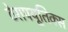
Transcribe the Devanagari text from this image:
ठेरापयूतिक्स